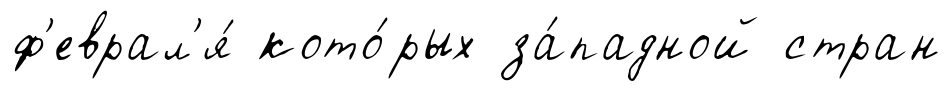
ф'еврал'я́ кото́рых за́падной стран